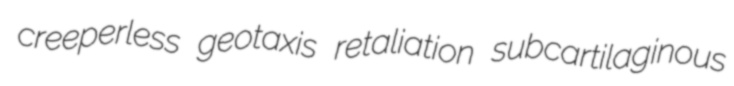
creeperless geotaxis retaliation subcartilaginous